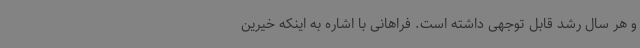
و هر سال رشد قابل توجهی داشته است. فراهانی با اشاره به اینکه خیرین